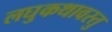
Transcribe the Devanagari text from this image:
लघुकथावस्तु